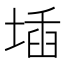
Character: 𡍪